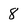
Character: 8